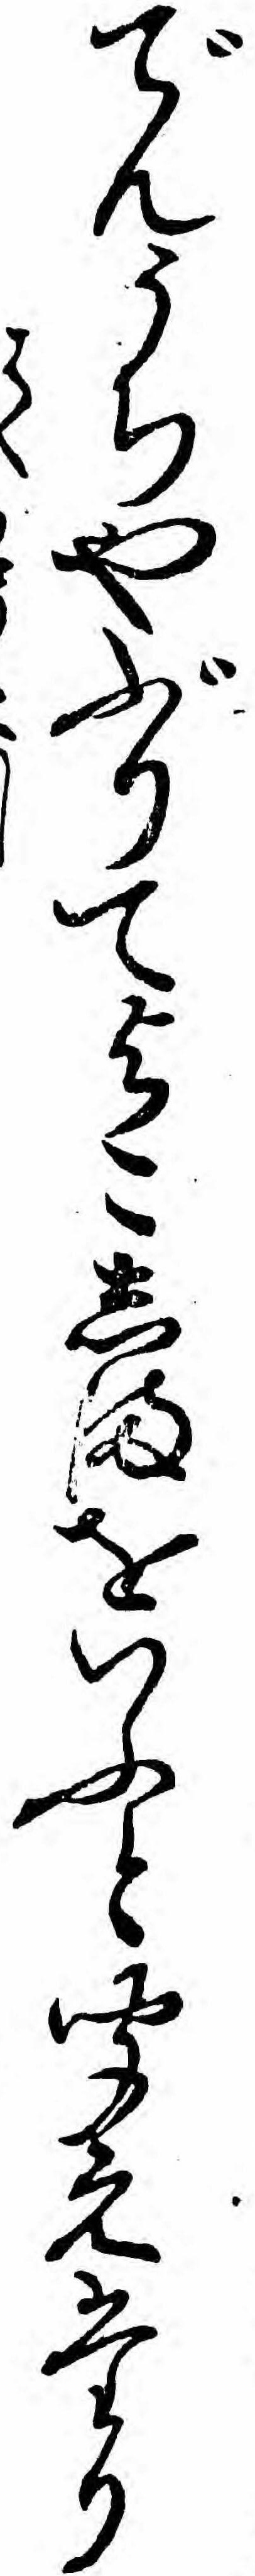
でんうちやぶりてよこしまをいふと聞えたり